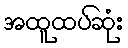
အထူထပ်ဆုံး